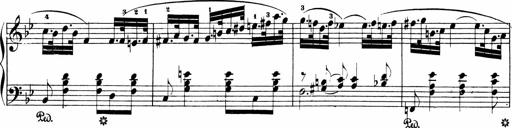
Title: Sonatinen Op.47, 98 und 136, nebst 6 Liedersonatinen
Composer: Carl Reinecke